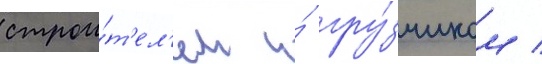
строи́т'ел'ем и́ гру́зчиком /